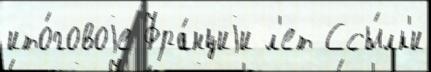
ито́говоjе Фра́нциjи л'ет Ссы́лк'и